Punjab Mental Hospital Lahore 1922-31 - 1922-1931
Year: 1922
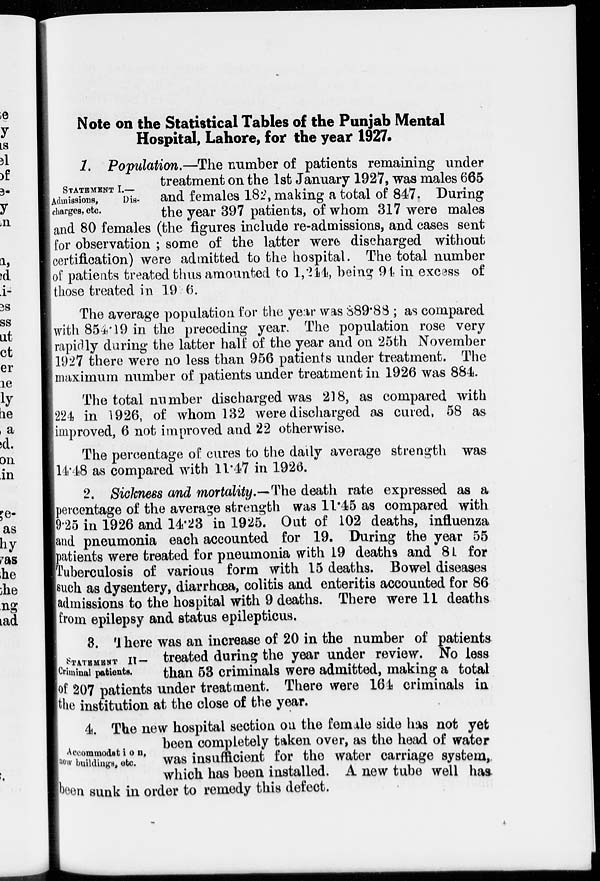
Note on the Statistical Tables of the Punjab Mental
Hospital, Lahore, for the year 1927.
STATEMENT I.—
Admissions,
Dis-
charges, etc.
1. Population.—The number of patients remaining under
treatment on the 1st January 1927, was males 665
and females 182, making a total of 847. During
the year 397 patients, of whom 317 were males
and 80 females (the figures include re-admissions, and cases sent
for observation ; some of the latter were discharged without
certification) were admitted to the hospital. The total number
of patients treated thus amounted to 1,244, being 94 in excess of
those treated in 1926.
The average population for the year was 889.88 ; as compared
with 854.19 in the preceding year. The population rose very
rapidly during the latter half of the year and on 25th November
1927 there were no less than 956 patients under treatment. The
maximum number of patients under treatment in 1926 was 884.
The total number discharged was 218, as compared with
224 in 1926, of whom 132 were discharged as cured, 58 as
improved, 6 not improved and 22 otherwise.
The percentage of cures to the daily average strength was
14.48 as compared with 11.47 in 1926.
2. Sickness and mortality.—The death rate expressed as a
percentage of the average strength was 11.45 as compared with
9.25 in 1926 and 14.23 in 1925. Out of 102 deaths, influenza
and pneumonia each accounted for 19. During the year 55
patients were treated for pneumonia with 19 deaths and 81 for
Tuberculosis of various form with 15 deaths. Bowel diseases
such as dysentery, diarrhœa, colitis and enteritis accounted for 86
admissions to the hospital with 9 deaths. There were 11 deaths
from epilepsy and status epilepticus.
STATEMENT II—
Criminal patients.
8. There was an increase of 20 in the number of patients
treated during the year under review. No less
than 53 criminals were admitted, making a total
of 207 patients under treatment. There were 164 criminals in
the institution at the close of the year.
Accommodation,
new buildings, etc.
4. The new hospital section on the female side has not yet
been completely taken over, as the head of water
was insufficient for the water carriage system,
which has been installed. A new tube well has.
been sunk in order to remedy this defect.